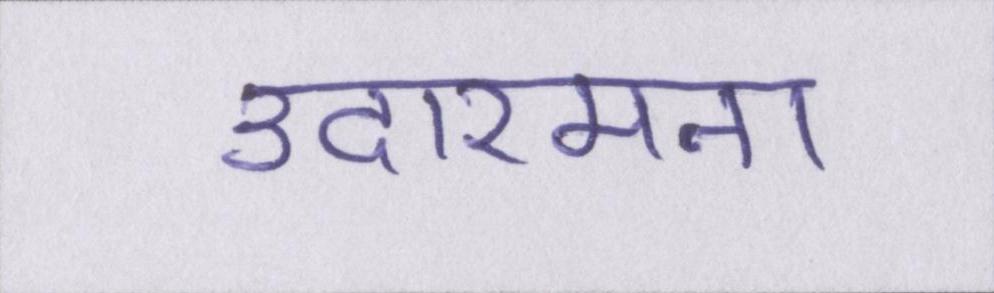
उदारमना